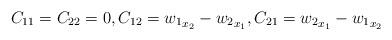
LaTeX: \begin{align*}C_{11} = C_{22} = 0 ,C_{12} = {w_1}_{\substack{\\x_2}} - {w_2}_{\substack{\\x_1}}, C_{21} = {w_2}_{\substack{\\x_1}} - {w_1}_{\substack{\\x_2}}\end{align*}